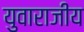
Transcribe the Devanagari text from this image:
युवाराजीय